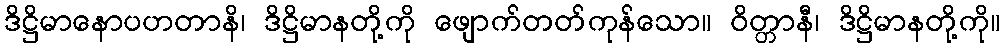
ဒိဋ္ဌိမာနောပဟတာနိ၊ ဒိဋ္ဌိမာနတို့ကို ဖျောက်တတ်ကုန်သော။ ဝိတ္တာနီ၊ ဒိဋ္ဌိမာနတို့ကို။